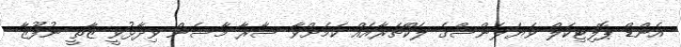
އެންޑް ޕޮލިޓިކަލް ވަޔަލެންސްގެ ލެކްޗަރާއެއް ކަމަށްވާ ސާރާ މާސެން ވިދާޅުވީ ޒާތީ ނުފޫޒާ